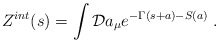
\begin{align*}Z^{int}(s)=\int {\cal D}a_\mu e^{-\Gamma (s+a)-S(a)}\;. \end{align*}